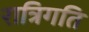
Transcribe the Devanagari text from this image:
रात्रिगति